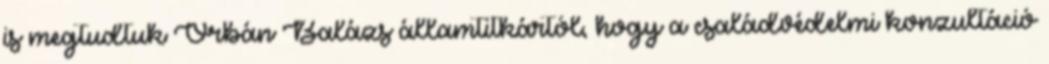
is megtudtuk Orbán Balázs államtitkártól, hogy a családvédelmi konzultáció